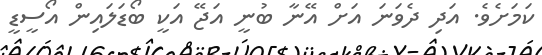
ކަމަށެވެ. އަދި ދެވަނަ އަށް އޭނާ ބުނީ އަޖޭ އަކީ ބޯޑަލައިން އޯސީޑީ